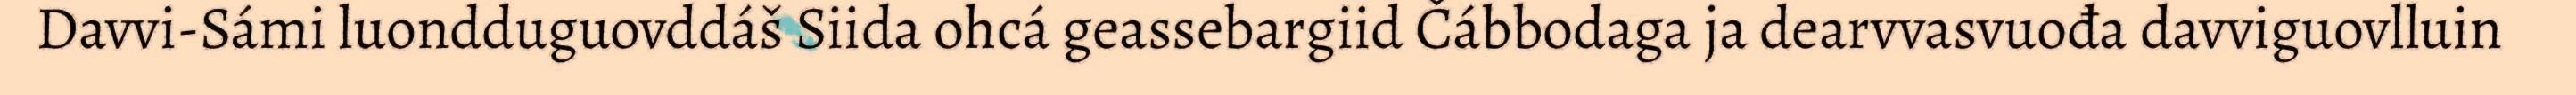
Davvi-Sámi luondduguovddáš Siida ohcá geassebargiid Čábbodaga ja dearvvasvuođa davviguovlluin